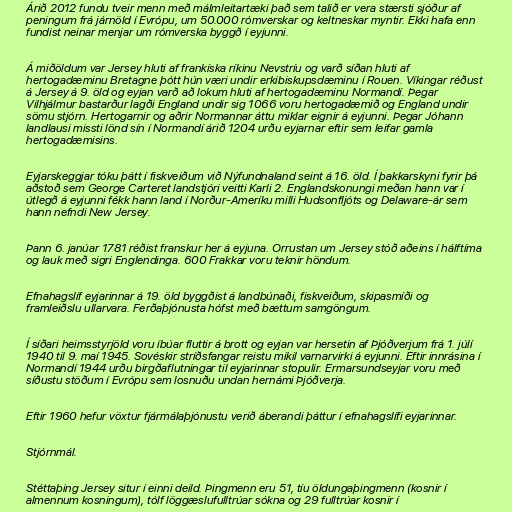
Árið 2012 fundu tveir menn með málmleitartæki það sem talið er vera stærsti sjóður af
peningum frá járnöld í Evrópu, um 50.000 rómverskar og keltneskar myntir. Ekki hafa enn
fundist neinar menjar um rómverska byggð í eyjunni.

Á miðöldum var Jersey hluti af frankíska ríkinu Nevstríu og varð síðan hluti af
hertogadæminu Bretagne þótt hún væri undir erkibiskupsdæminu í Rouen. Víkingar réðust
á Jersey á 9. öld og eyjan varð að lokum hluti af hertogadæminu Normandí. Þegar
Vilhjálmur bastarður lagði England undir sig 1066 voru hertogadæmið og England undir
sömu stjórn. Hertogarnir og aðrir Normannar áttu miklar eignir á eyjunni. Þegar Jóhann
landlausi missti lönd sín í Normandí árið 1204 urðu eyjarnar eftir sem leifar gamla
hertogadæmisins.

Eyjarskeggjar tóku þátt í fiskveiðum við Nýfundnaland seint á 16. öld. Í þakkarskyni fyrir þá
aðstoð sem George Carteret landstjóri veitti Karli 2. Englandskonungi meðan hann var í
útlegð á eyjunni fékk hann land í Norður-Ameríku milli Hudsonfljóts og Delaware-ár sem
hann nefndi New Jersey.

Þann 6. janúar 1781 réðist franskur her á eyjuna. Orrustan um Jersey stóð aðeins í hálftíma
og lauk með sigri Englendinga. 600 Frakkar voru teknir höndum.

Efnahagslíf eyjarinnar á 19. öld byggðist á landbúnaði, fiskveiðum, skipasmíði og
framleiðslu ullarvara. Ferðaþjónusta hófst með bættum samgöngum.

Í síðari heimsstyrjöld voru íbúar fluttir á brott og eyjan var hersetin af Þjóðverjum frá 1. júlí
1940 til 9. maí 1945. Sovéskir stríðsfangar reistu mikil varnarvirki á eyjunni. Eftir innrásina í
Normandí 1944 urðu birgðaflutningar til eyjarinnar stopulir. Ermarsundseyjar voru með
síðustu stöðum í Evrópu sem losnuðu undan hernámi Þjóðverja.

Eftir 1960 hefur vöxtur fjármálaþjónustu verið áberandi þáttur í efnahagslífi eyjarinnar.

Stjórnmál.

Stéttaþing Jersey situr í einni deild. Þingmenn eru 51, tíu öldungaþingmenn (kosnir í
almennum kosningum), tólf löggæslufulltrúar sókna og 29 fulltrúar kosnir í